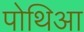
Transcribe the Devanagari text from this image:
पोथिआ